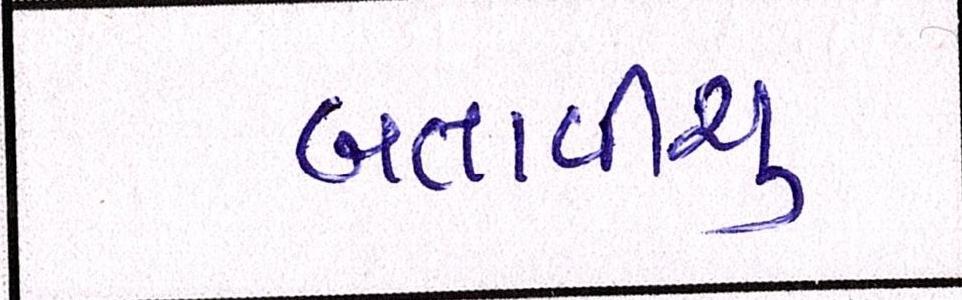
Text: બતાવીશુ